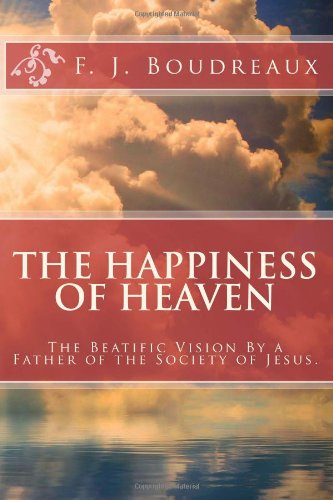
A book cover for The Happiness of Heaven: The Beatific Vision By a Father of the Society of Jesus.; F. J. Boudreaux; Christian Books & Bibles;